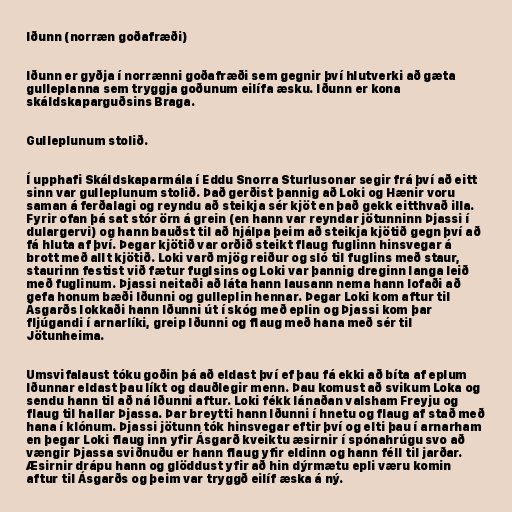
Iðunn (norræn goðafræði)

Iðunn er gyðja í norrænni goðafræði sem gegnir því hlutverki að gæta
gulleplanna sem tryggja goðunum eilífa æsku. Iðunn er kona
skáldskaparguðsins Braga.

Gulleplunum stolið.

Í upphafi Skáldskaparmála í Eddu Snorra Sturlusonar segir frá því að eitt
sinn var gulleplunum stolið. Það gerðist þannig að Loki og Hænir voru
saman á ferðalagi og reyndu að steikja sér kjöt en það gekk eitthvað illa.
Fyrir ofan þá sat stór örn á grein (en hann var reyndar jötunninn Þjassi í
dulargervi) og hann bauðst til að hjálpa þeim að steikja kjötið gegn því að
fá hluta af því. Þegar kjötið var orðið steikt flaug fuglinn hinsvegar á
brott með allt kjötið. Loki varð mjög reiður og sló til fuglins með staur,
staurinn festist við fætur fuglsins og Loki var þannig dreginn langa leið
með fuglinum. Þjassi neitaði að láta hann lausann nema hann lofaði að
gefa honum bæði Iðunni og gulleplin hennar. Þegar Loki kom aftur til
Ásgarðs lokkaði hann Iðunni út í skóg með eplin og Þjassi kom þar
fljúgandi í arnarlíki, greip Iðunni og flaug með hana með sér til
Jötunheima.

Umsvifalaust tóku goðin þá að eldast því ef þau fá ekki að bíta af eplum
Iðunnar eldast þau líkt og dauðlegir menn. Þau komust að svikum Loka og
sendu hann til að ná Iðunni aftur. Loki fékk lánaðan valsham Freyju og
flaug til hallar Þjassa. Þar breytti hann Iðunni í hnetu og flaug af stað með
hana í klónum. Þjassi jötunn tók hinsvegar eftir því og elti þau í arnarham
en þegar Loki flaug inn yfir Ásgarð kveiktu æsirnir í spónahrúgu svo að
vængir Þjassa sviðnuðu er hann flaug yfir eldinn og hann féll til jarðar.
Æsirnir drápu hann og glöddust yfir að hin dýrmætu epli væru komin
aftur til Ásgarðs og þeim var tryggð eilíf æska á ný.